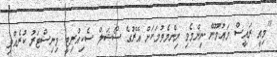
"މިއީ ރައީސް މަޢުމޫން ނިންމެވި ނިންމެވުމަކަށް އޭރުގެ ސޯޝަލް ސެކިއުރިޓީ މިނިސްޓަރު ކުރެއްވި